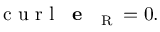
\mathrm { ~ c ~ u ~ r ~ l ~ } \, \textbf { e } _ { \mathrm { ~ \tiny ~ R ~ } } = 0 .